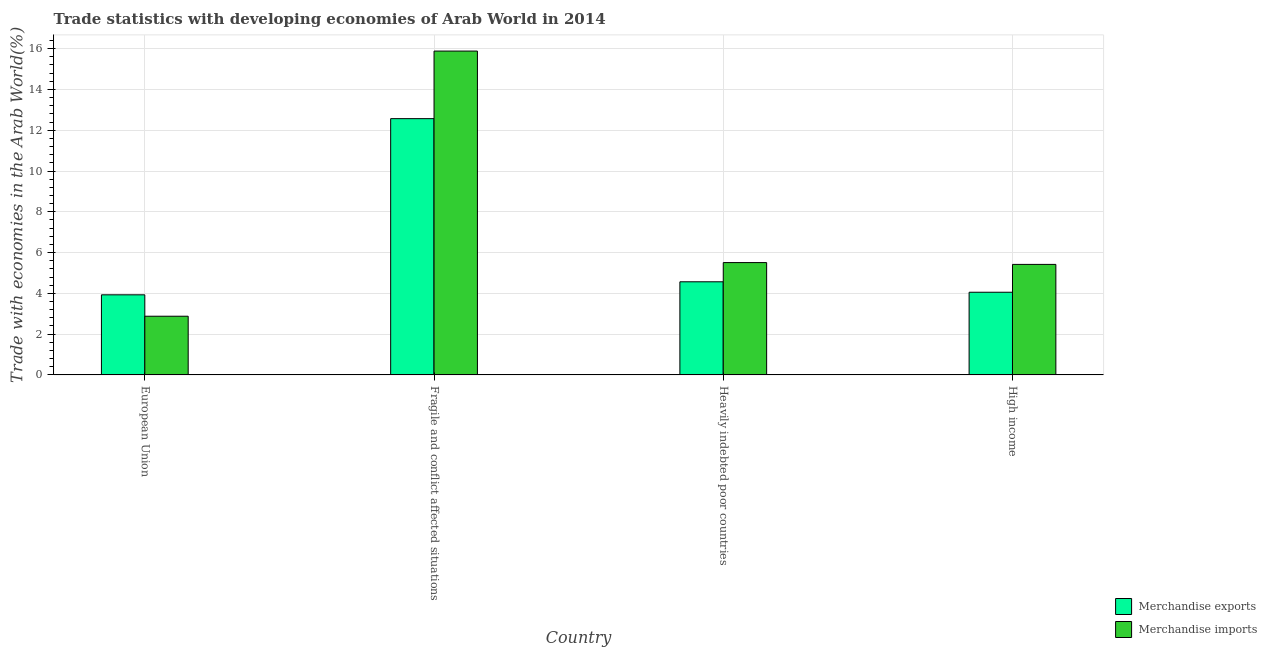
| Country | Merchandise exports | Merchandise imports |
 | --- | --- | --- |
 | European Union | 3.93 | 2.88 |
 | Fragile and conflict affected situations | 12.6 | 15.9 |
 | Heavily indebted poor countries | 4.57 | 5.51 |
 | High income | 4.05 | 5.42 |